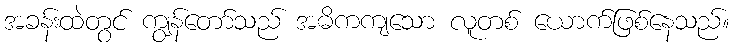
အခန်းထဲတွင် ကျွန်တော်သည် အဓိကကျသော လူတစ် ယောက်ဖြစ်နေသည်။